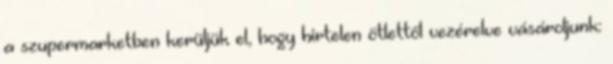
a szupermarketben kerüljük el, hogy hirtelen ötlettől vezérelve vásároljunk: